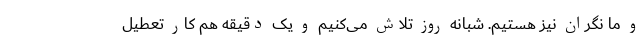
و ما نگران نیز هستیم. شبانه روز تلاش می‌کنیم و یک دقیقه هم کار تعطیل